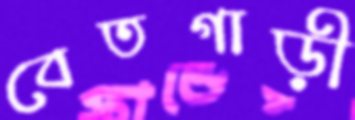
বেতগাড়ী